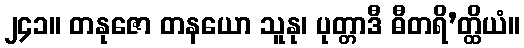
၂၄၁။ တနုဇော တနယော သူနု၊ ပုတ္တာဒီ ဓီတရိ’တ္ထိယံ။